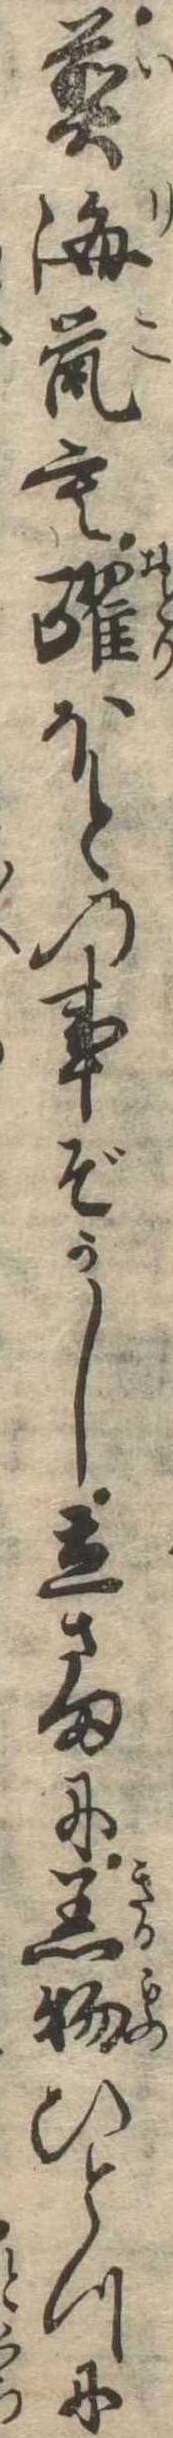
煎海鼠も躍ほとの事ぞかし立さまに着物ひとつに